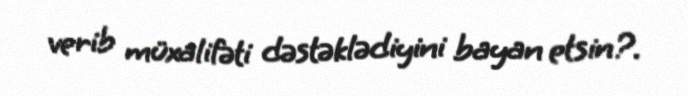
verib müxalifəti dəstəklədiyini bayan etsin?.